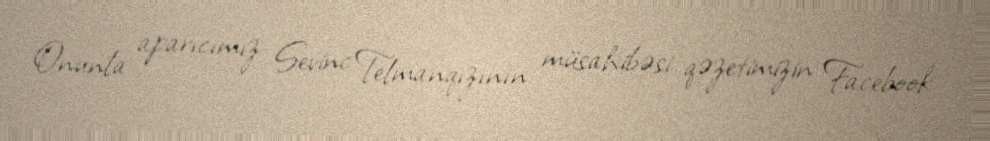
Onunla aparıcımız Sevinc Telmanqızının müsahibəsi qəzetimizin Facebook